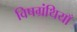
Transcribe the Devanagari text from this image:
विषग्रंथियाँ